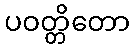
ပဝတ္တိတော